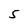
Character: S